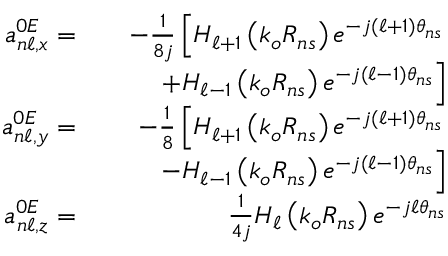
\begin{array} { r l r } { a _ { n \ell , x } ^ { 0 E } = } & { } & { - \frac { 1 } { 8 j } \left[ H _ { \ell + 1 } \left( k _ { o } R _ { n s } \right) e ^ { - j ( \ell + 1 ) \theta _ { n s } } \right. } \\ & { } & { \left. + H _ { \ell - 1 } \left( k _ { o } R _ { n s } \right) e ^ { - j ( \ell - 1 ) \theta _ { n s } } \right] } \\ { a _ { n \ell , y } ^ { 0 E } = } & { } & { - \frac { 1 } { 8 } \left[ H _ { \ell + 1 } \left( k _ { o } R _ { n s } \right) e ^ { - j ( \ell + 1 ) \theta _ { n s } } \right. } \\ & { } & { \left. - H _ { \ell - 1 } \left( k _ { o } R _ { n s } \right) e ^ { - j ( \ell - 1 ) \theta _ { n s } } \right] } \\ { a _ { n \ell , z } ^ { 0 E } = } & { } & { \frac { 1 } { 4 j } H _ { \ell } \left( k _ { o } R _ { n s } \right) e ^ { - j \ell \theta _ { n s } } } \end{array}